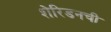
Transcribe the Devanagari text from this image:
शेरिडनची